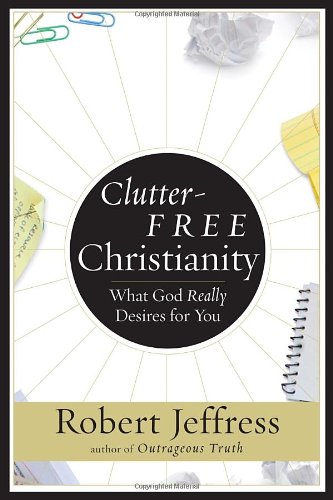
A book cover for Clutter-Free Christianity: What God Really Desires for You; Robert Jeffress; Christian Books & Bibles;